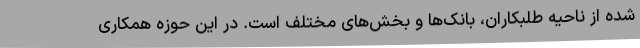
شده از ناحیه طلبکاران، بانک‌ها و بخش‌های مختلف است. در این حوزه همکاری